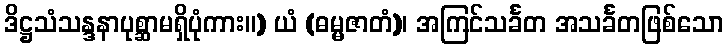
ဒိဋ္ဌသံသန္ဒနာပုစ္ဆာမရှိပုံကား။) ယံ (ဓမ္မဇာတံ)၊ အကြင်သင်္ခတ အသင်္ခတဖြစ်သော